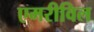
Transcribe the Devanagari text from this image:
एमरीविल